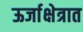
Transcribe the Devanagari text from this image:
ऊर्जाक्षेत्रात